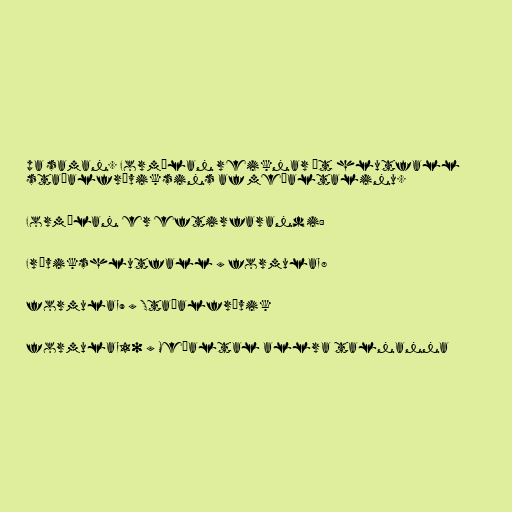
pa saman. Formúlan reiknar út hlutfall
staðalfráviksins af meðaltalinu.

Formúlan er eftirfarandi:

Frávikshlutfall = formula_8

formula_9 = Staðalfrávik

formula_10 = Meðaltal allra talnanna